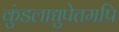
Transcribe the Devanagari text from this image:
कुंडलाद्युपेतमपि